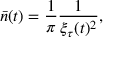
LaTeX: { \bar { n } } ( t ) = \frac { 1 } { \pi } \frac { 1 } { \xi _ { \tau } ( t ) ^ { 2 } } ,